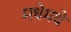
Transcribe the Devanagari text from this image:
मधेमधे